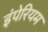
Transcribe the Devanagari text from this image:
इंपेरियम